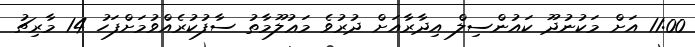
11:00 އަށް މަކުނުދޫ ކައުންސިލް އިދާރާއަށް ދުރުވެ މަޢުލޫމާތު ސާފުކުރެއްވުމަށްފަހު 14 މާރިޗު